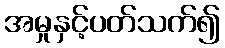
အမှုနှင့်ပတ်သက်၍